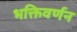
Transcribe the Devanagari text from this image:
भक्तिवर्णन